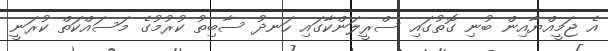
އެ ޖަމީއްޔާއިން ބުނި ގޮތުގައި ސްރީލަންކާގައި ހަނދު ސާބިތު ކުރުމުގެ މަސައްކަތް ކުރަނީ